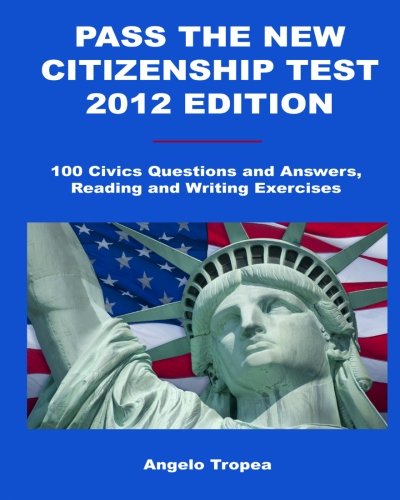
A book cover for Pass the New Citizenship Test 2012 Edition: 100 Civics Questions and Answers, Reading and Writing Exercises; Angelo Tropea; Test Preparation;